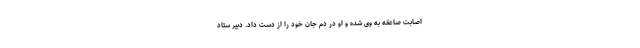
اصابت صاعقه به وی شده و او در دم جان‌ خود را از دست داد. دبیر ستاد